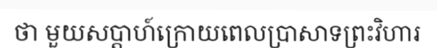
ថា មួយសប្តាហ៍ក្រោយពេលប្រាសាទព្រះវិហារ